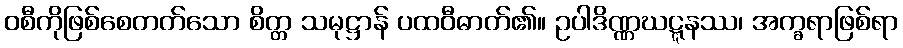
ဝစီကိုဖြစ်စေတတ်သော စိတ္တ သမုဋ္ဌာန် ပထဝီဓာတ်၏။ ဥပါဒိဏ္ဏဃဋ္ဋနဿ၊ အက္ခရာဖြစ်ရာ